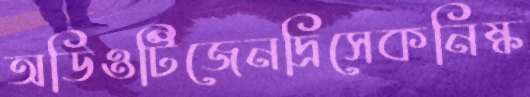
অডিওটিজেনদ্রিসেকনিষ্ক